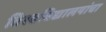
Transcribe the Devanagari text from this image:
विश्वविद्यालयांचा